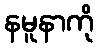
နမူနာကို